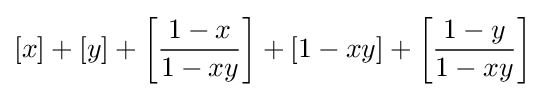
[x]+[y]+\left[{\frac {1-x}{1-xy}}\right]+[1-xy]+\left[{\frac {1-y}{1-xy}}\right]